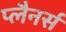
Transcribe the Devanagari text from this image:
प्लैनर्स